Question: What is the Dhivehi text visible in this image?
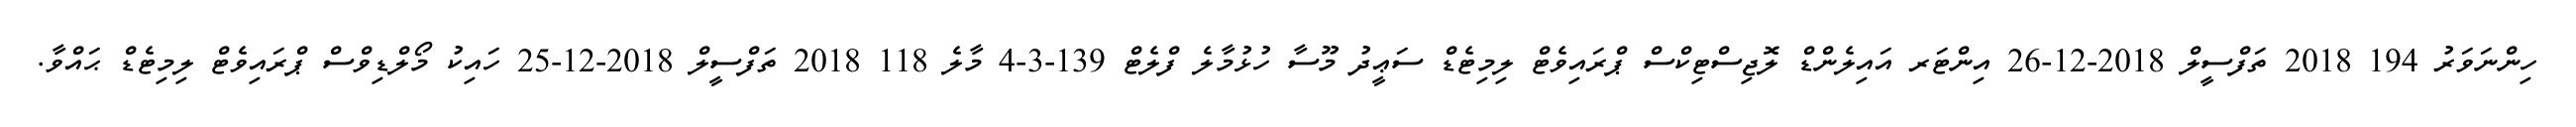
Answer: ހިންނަވަރު 194 2018 ތަފްސީލް 2018-12-26 އިންޓަރ އައިލެންޑް ލޮޖިސްޓިކްސް ޕްރައިވެޓް ލިމިޓެޑް ސަޢީދު މޫސާ ހުޅުމާލެ ފްލެޓް 139-3-4 މާލެ 118 2018 ތަފްސީލް 2018-12-25 ހައިކު މޯލްޑިވްސް ޕްރައިވެޓް ލިމިޓެޑް ޙައްވާ.